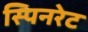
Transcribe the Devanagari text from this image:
स्पिनरेट